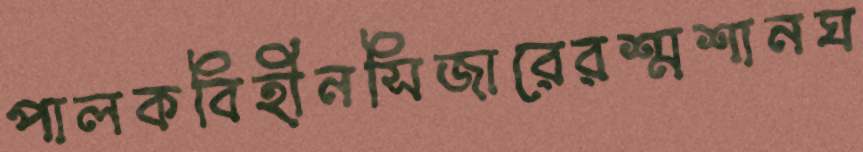
পালকবিহীনসিজারেরশ্মশানঘ